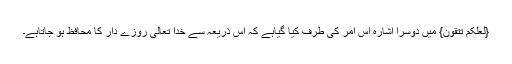
{لَعَلَّکُمْ تَتَّقُوْنَ} میں دوسرا اشارہ اس امر کی طرف کیا گیاہے کہ اس ذریعہ سے خدا تعالیٰ روزے دار کا محافظ ہو جاتاہے۔